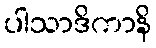
ပါသာဒိကာနိ